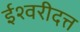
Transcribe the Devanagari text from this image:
ईश्वरीदत्त